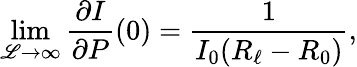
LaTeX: \operatorname*{lim}_{\mathscr{L}\to\infty}\frac{\partial I}{\partial P}(0)=\frac{1}{I_{0}(R_{\ell}-R_{0})},